Subject: math
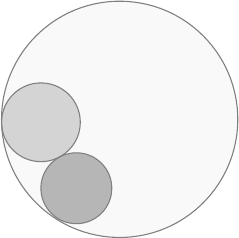
LaTeX code:
\begin{tikzpicture}[scale=0.25]
\draw[draw opacity=0.0] (-6.0,0) rectangle (6.9,0);

\filldraw[gray,  fill opacity=0.55] (1.3,0.65) circle (1.8 cm);
\filldraw[gray,  fill opacity=0.30] (-0.5,4) circle (2 cm);
\filldraw[gray, fill opacity=0.05] (3.5,4.15) circle (6.0 cm);
\end{tikzpicture}